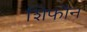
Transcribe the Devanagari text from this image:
शिफौन